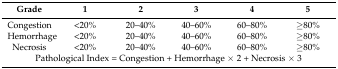
<table><thead><tr><td><b>Grade</b></td><td><b>1</b></td><td><b>2</b></td><td><b>3</b></td><td><b>4</b></td><td><b>5</b></td></tr></thead><tbody><tr><td>Congestion</td><td>&lt;20%</td><td>20–40%</td><td>40–60%</td><td>60–80%</td><td>≥80%</td></tr><tr><td>Hemorrhage</td><td>&lt;20%</td><td>20–40%</td><td>40–60%</td><td>60–80%</td><td>≥80%</td></tr><tr><td>Necrosis</td><td>&lt;20%</td><td>20–40%</td><td>40–60%</td><td>60–80%</td><td>≥80%</td></tr><tr><td colspan="6">Pathological Index = Congestion + Hemorrhage × 2 + Necrosis × 3</td></tr></tbody></table>